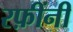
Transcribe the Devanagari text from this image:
रफ़ींनी